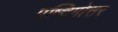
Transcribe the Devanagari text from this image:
पष्चिमोत्तर